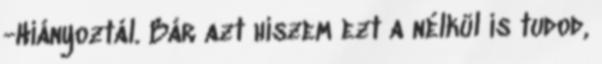
-Hiányoztál. Bár azt hiszem ezt a nélkül is tudod,